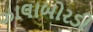
ઝાલાબોરડી